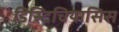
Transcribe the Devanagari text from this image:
डिस्टिचियासिस